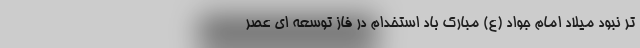
تر نبود میلاد امام جواد (ع) مبارک باد استخدام در فاز توسعه ای عصر